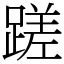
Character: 蹉